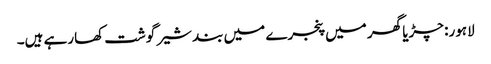
لاہور: چڑیا گھر میں پنجرے میں بند شیر گوشت کھارہے ہیں۔